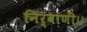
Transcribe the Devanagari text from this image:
निर्वाणीं।।